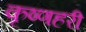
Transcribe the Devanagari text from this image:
कृष्णहरी